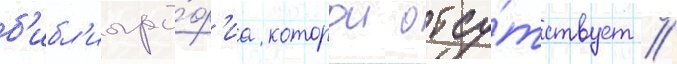
б'ибл'иогра́ф'иа которои отсу́тствует //